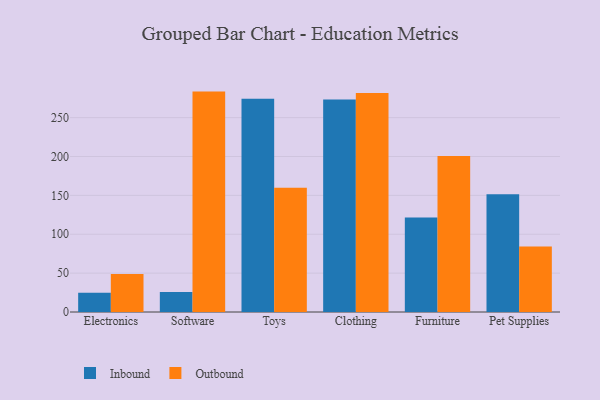
{"axis": {"x": "Category", "y": "Conversion Rate (%)"}, "legend": ["Inbound", "Outbound"], "data": [{"x": "Electronics", "y": 24.9, "type": "Inbound"}, {"x": "Electronics", "y": 49.0, "type": "Outbound"}, {"x": "Software", "y": 25.8, "type": "Inbound"}, {"x": "Software", "y": 283.5, "type": "Outbound"}, {"x": "Toys", "y": 274.3, "type": "Inbound"}, {"x": "Toys", "y": 159.7, "type": "Outbound"}, {"x": "Clothing", "y": 273.3, "type": "Inbound"}, {"x": "Clothing", "y": 281.6, "type": "Outbound"}, {"x": "Furniture", "y": 121.4, "type": "Inbound"}, {"x": "Furniture", "y": 200.7, "type": "Outbound"}, {"x": "Pet Supplies", "y": 151.4, "type": "Inbound"}, {"x": "Pet Supplies", "y": 84.1, "type": "Outbound"}]}